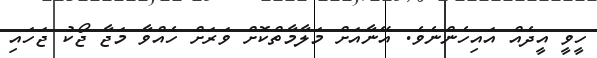
ހީވީ އީދެއް އައިހެންނެވެ. އޭނާއަށް މަލާމާތްކޮށް ވަރަށް ހެއްވާ މަޖާ ޖޯކު ޖަހައި